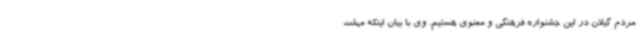
مردم گیلان در این جشنواره فرهنگی و معنوی هستیم. وی با بیان اینکه مهلت